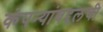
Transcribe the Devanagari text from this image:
कंपन्यांबद्दलची